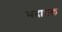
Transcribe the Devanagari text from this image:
भदावल